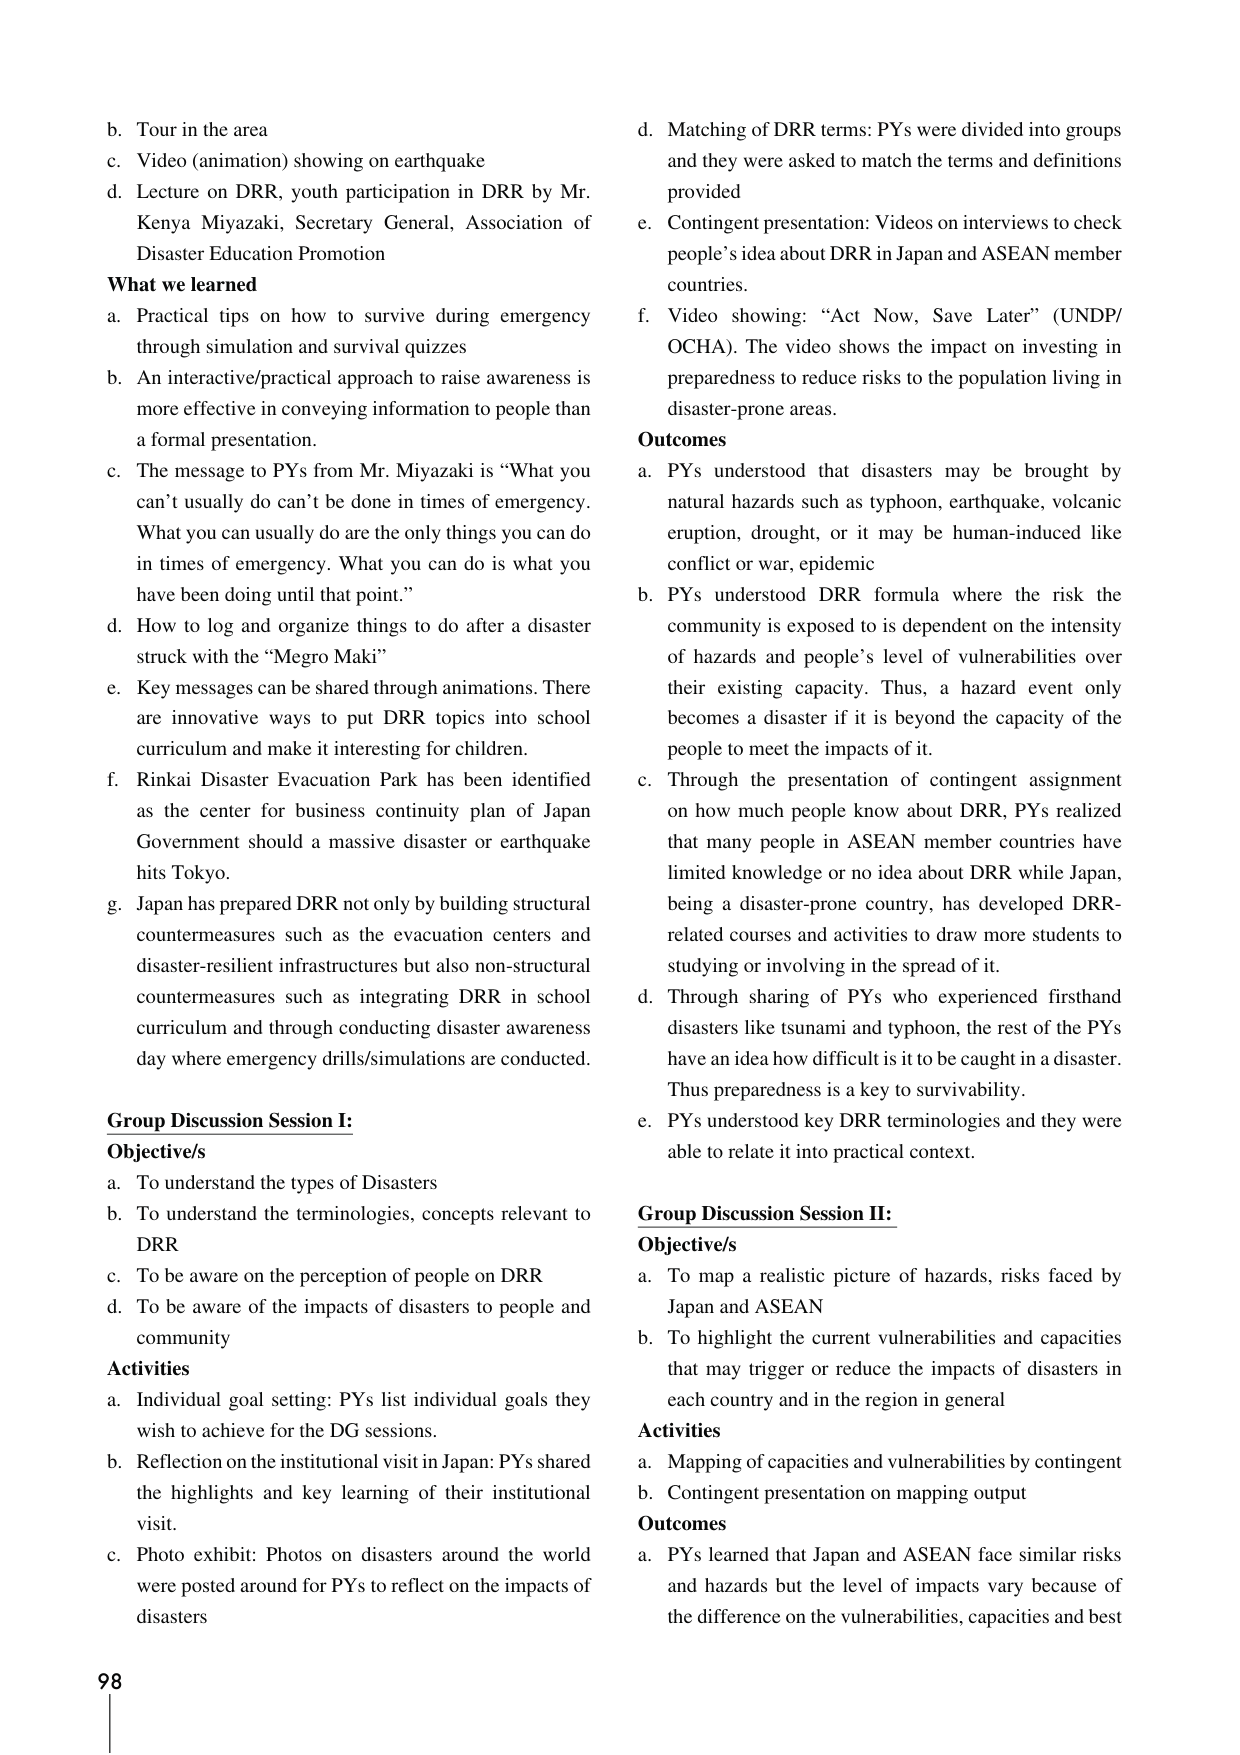
b. Tour in the area
c. Video (animation) showing on earthquake
d. Lecture on DRR, youth participation in DRR by Mr. Kenya Miyazaki, Secretary General, Association of Disaster Education Promotion

**What we learned**
a. Practical tips on how to survive during emergency through simulation and survival quizzes
b. An interactive/practical approach to raise awareness is more effective in conveying information to people than a formal presentation.
c. The message to PYs from Mr. Miyazaki is “What you can’t usually do can’t be done in times of emergency. What you can usually do are the only things you can do in times of emergency. What you can do is what you have been doing until that point.”
d. How to log and organize things to do after a disaster struck with the “Megro Maki”
e. Key messages can be shared through animations. There are innovative ways to put DRR topics into school curriculum and make it interesting for children.
f. Rinkai Disaster Evacuation Park has been identified as the center for business continuity plan of Japan Government should a massive disaster or earthquake hits Tokyo.
g. Japan has prepared DRR not only by building structural countermeasures such as the evacuation centers and disaster-resilient infrastructures but also non-structural countermeasures such as integrating DRR in school curriculum and through conducting disaster awareness day where emergency drills/simulations are conducted.

**Group Discussion Session I:**
**Objective/s**
a. To understand the types of Disasters
b. To understand the terminologies, concepts relevant to DRR
c. To be aware on the perception of people on DRR
d. To be aware of the impacts of disasters to people and community

**Activities**
a. Individual goal setting: PYs list individual goals they wish to achieve for the DG sessions.
b. Reflection on the institutional visit in Japan: PYs shared the highlights and key learning of their institutional visit.
c. Photo exhibit: Photos on disasters around the world were posted around for PYs to reflect on the impacts of disasters

d. Matching of DRR terms: PYs were divided into groups and they were asked to match the terms and definitions provided
e. Contingent presentation: Videos on interviews to check people’s idea about DRR in Japan and ASEAN member countries.
f. Video showing: “Act Now, Save Later” (UNDP/OCHA). The video shows the impact on investing in preparedness to reduce risks to the population living in disaster-prone areas.

**Outcomes**
a. PYs understood that disasters may be brought by natural hazards such as typhoon, earthquake, volcanic eruption, drought, or it may be human-induced like conflict or war, epidemic
b. PYs understood DRR formula where the risk the community is exposed to is dependent on the intensity of hazards and people’s level of vulnerabilities over their existing capacity. Thus, a hazard event only becomes a disaster if it is beyond the capacity of the people to meet the impacts of it.
c. Through the presentation of contingent assignment on how much people know about DRR, PYs realized that many people in ASEAN member countries have limited knowledge or no idea about DRR while Japan, being a disaster-prone country, has developed DRR-related courses and activities to draw more students to studying or involving in the spread of it.
d. Through sharing of PYs who experienced firsthand disasters like tsunami and typhoon, the rest of the PYs have an idea how difficult it is to be caught in a disaster. Thus preparedness is a key to survivability.
e. PYs understood key DRR terminologies and they were able to relate it into practical context.

**Group Discussion Session II:**
**Objective/s**
a. To map a realistic picture of hazards, risks faced by Japan and ASEAN
b. To highlight the current vulnerabilities and capacities that may trigger or reduce the impacts of disasters in each country and in the region in general

**Activities**
a. Mapping of capacities and vulnerabilities by contingent
b. Contingent presentation on mapping output

**Outcomes**
a. PYs learned that Japan and ASEAN face similar risks and hazards but the level of impacts vary because of the difference on the vulnerabilities, capacities and best

98